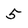
Character: 5